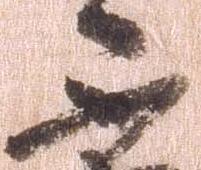
不